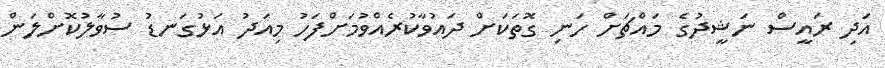
އަދި ރައީސް ނަޝީދުގެ މައްޗަށް ހަނި ގޮތަކަށް ދައުވާކުރެއްވުމަށްފަހު މިއަދު އަޅުގަނޑު ސުވާލުކޮށްލަން